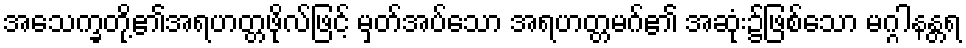
အသေက္ခတို့၏အရဟတ္တဖိုလ်ဖြင့် မှတ်အပ်သော အရဟတ္တမဂ်၏ အဆုံး၌ဖြစ်သော မဂ္ဂါနန္တရ